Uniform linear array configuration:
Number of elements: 24
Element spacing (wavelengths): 0.75
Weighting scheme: exponential
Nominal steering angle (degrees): -30
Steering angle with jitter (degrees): -29.893
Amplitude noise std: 0.05
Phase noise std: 0.05

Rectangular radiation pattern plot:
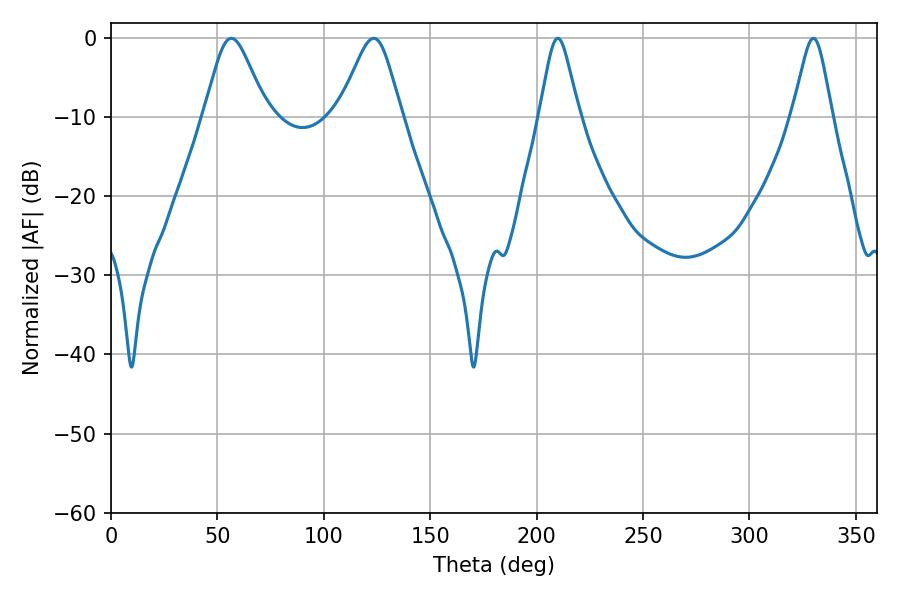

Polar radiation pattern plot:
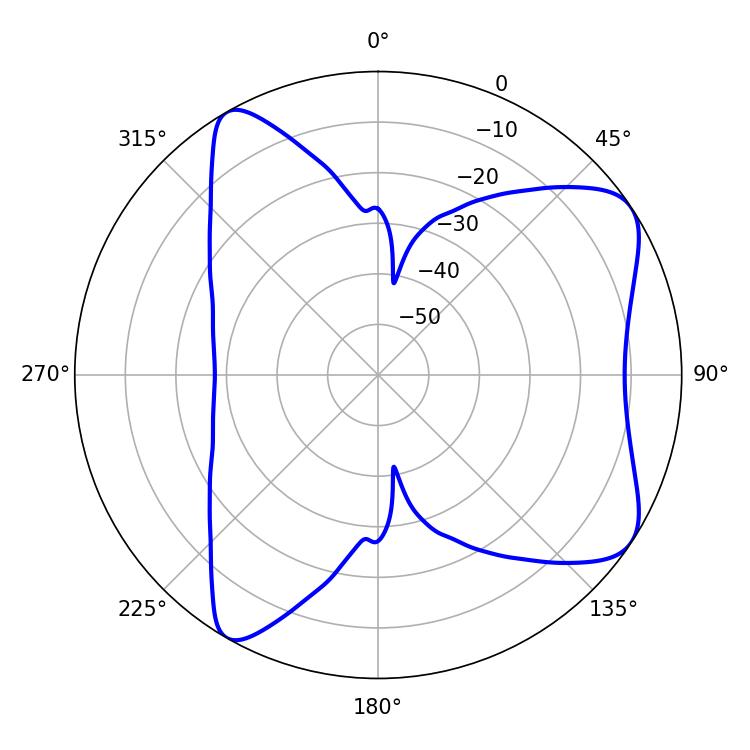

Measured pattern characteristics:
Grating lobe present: TRUE
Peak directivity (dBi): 7.688
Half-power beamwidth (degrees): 14.22
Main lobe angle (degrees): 56.52